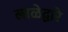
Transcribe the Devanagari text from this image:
लाळेद्वारे